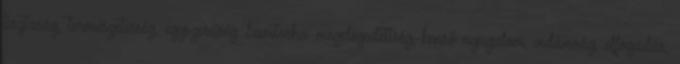
tisztaság, természetesség, egyszerűség Samtosha: megelégedettség, benső nyugalom, vidámság, elfogadás,